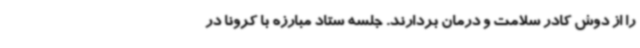
را از دوش کادر سلامت و درمان بردارند. جلسه ستاد مبارزه با کرونا در